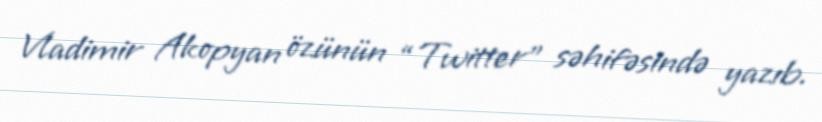
Vladimir Akopyan özünün “Twitter” səhifəsində yazıb.